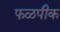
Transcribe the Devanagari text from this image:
फळपीक